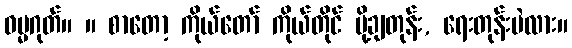
ဓမ္မဂုတ်။ ။ စာတော့ ကိုယ်တော် ကိုယ်တိုင် ပို့ချတုန်း, ရေးတုန်းပဲလား။